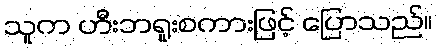
သူက ဟီးဘရူးစကားဖြင့် ပြောသည်။